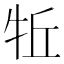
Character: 𱭬